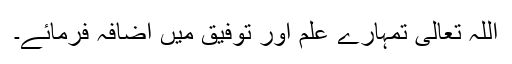
اللہ تعالی تمہارے علم اور توفیق میں اضافہ فرمائے۔